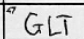
Transcription: GLT